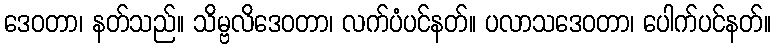
ဒေဝတာ၊ နတ်သည်။ သိမ္ဗလိဒေဝတာ၊ လက်ပံပင်နတ်။ ပလာသဒေဝတာ၊ ပေါက်ပင်နတ်။